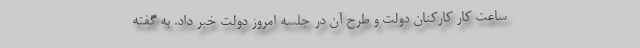
ساعت کار کارکنان دولت و طرح آن در جلسه امروز دولت خبر داد. به گفته